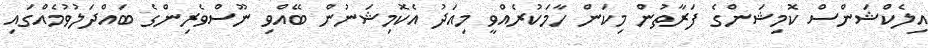
އިލެކްޝަންސް ކޮމިޝަންގެ ފަރާތުން މިކަން ހާމަކުރެއްވީ މިއަދު އެކޮމިޝަނުން ބޭއްވި ނޫސްވެރިންގެ ބައްދަލުވުމެއްގައި